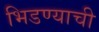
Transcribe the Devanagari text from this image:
भिडण्याची